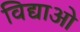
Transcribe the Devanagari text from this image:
विद्याओ